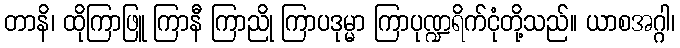
တာနိ၊ ထိုကြာဖြူ ကြာနီ ကြာညို ကြာပဒုမ္မာ ကြာပုဏ္ဍရိက်ငုံတို့သည်။ ယာစအဂ္ဂါ၊